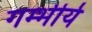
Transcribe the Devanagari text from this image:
गम्भीर्य